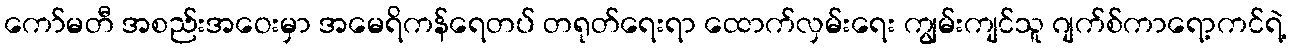
ကော်မတီ အစည်းအဝေးမှာ အမေရိကန်ရေတပ် တရုတ်ရေးရာ ထောက်လှမ်းရေး ကျွမ်းကျင်သူ ဂျက်စ်ကာရော့ကင်ရဲ့